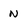
Character: N